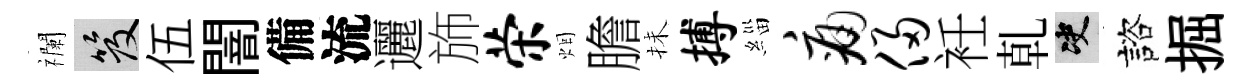
襴笈伍闇備流邐斾荣烟膽抺搏緇痛侵衽乹决諮掘